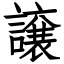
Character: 譲